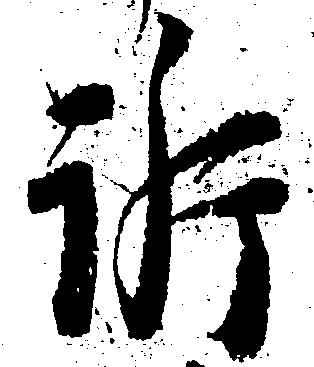
訴